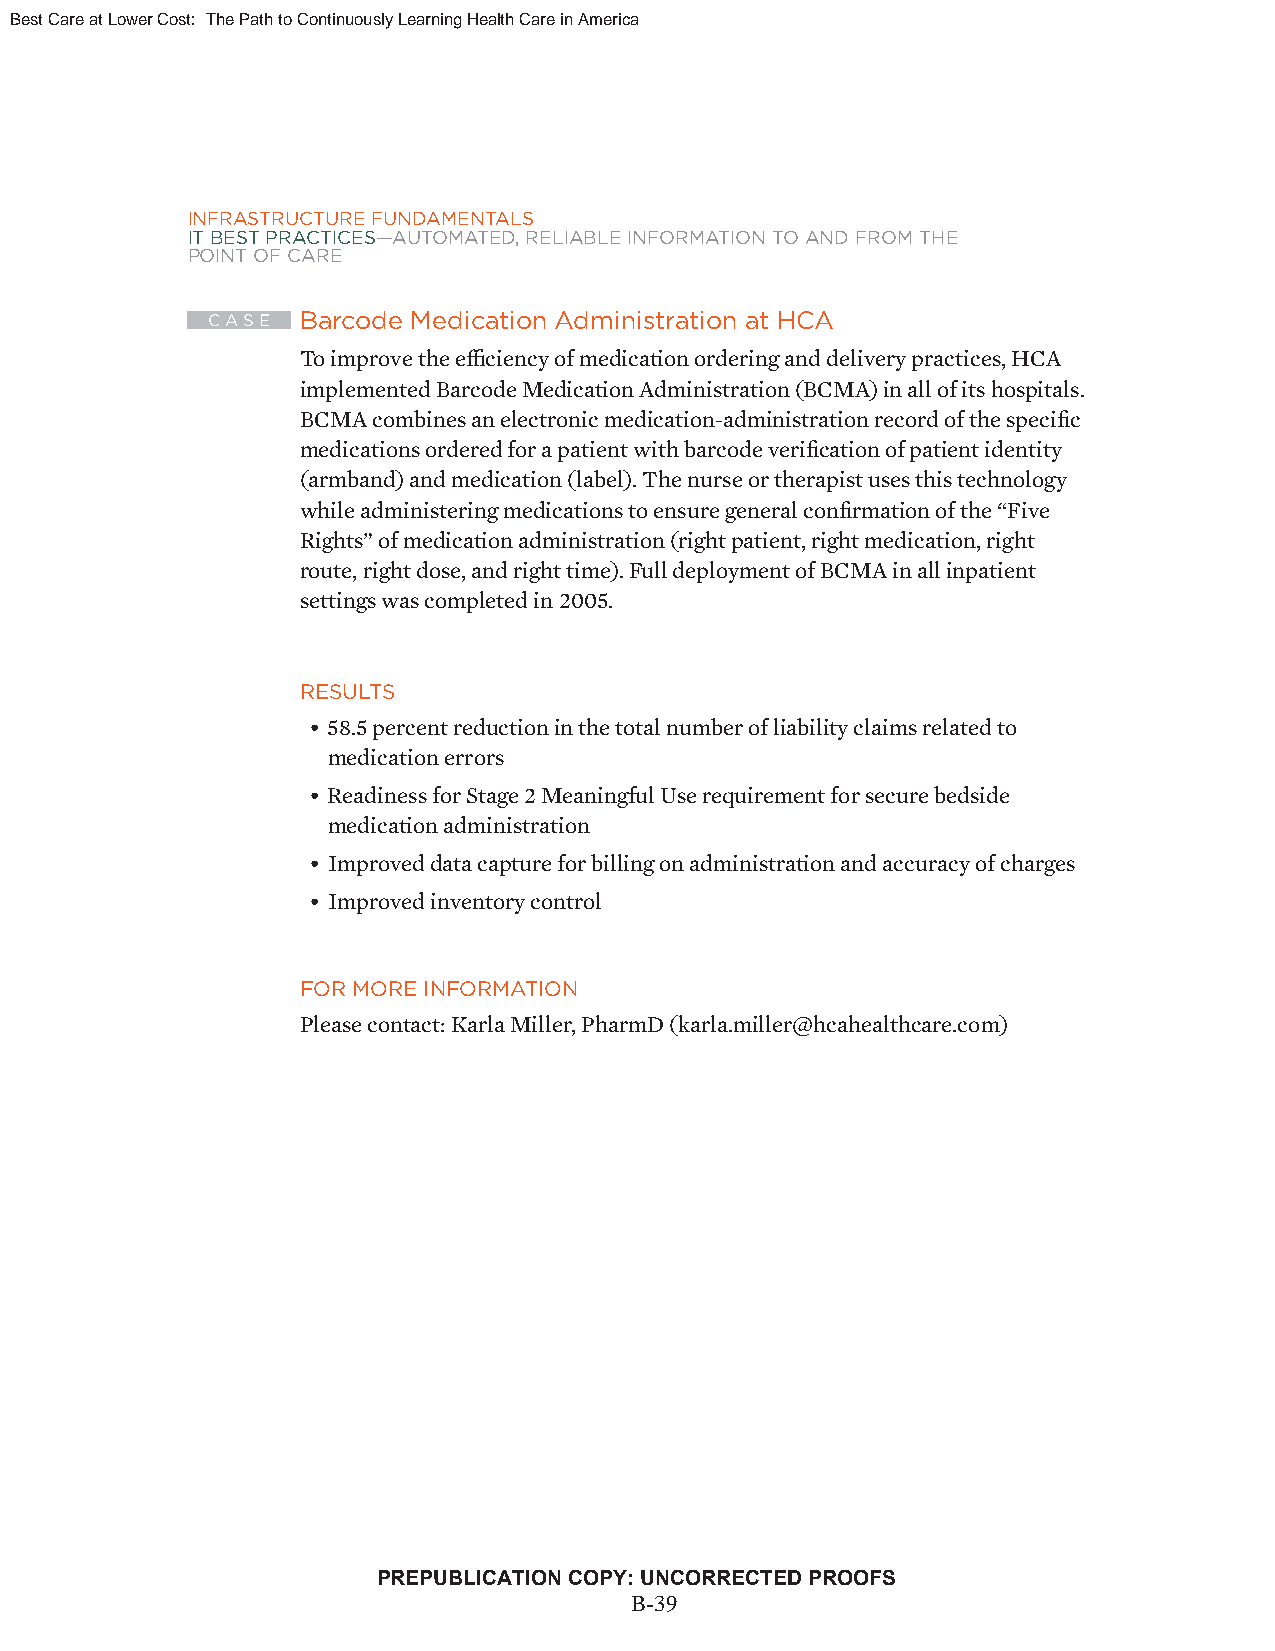
Best Care at Lower Cost: The Path to Continuously Learning Health Care in America
 INFRASTRUCTURE FUNDAMENTALS
 IT BEST PRACTICES—AUTOMATED, RELIABLE INFORMATION TO AND FROM THE
 POINT OF CARE
 C A S E Barcode Medication Administration at HCA
 To improve the effi ciency of medication ordering and delivery practices, HCA
 implemented Barcode Medication Administration (BCMA) in all of its hospitals.
 BCMA combines an electronic medication-administration record of the specifi c
 medications ordered for a patient with barcode verifi cation of patient identity
 (armband) and medication (label). The nurse or therapist uses this technology
 while administering medications to ensure general confi rmation of the “Five
 Rights” of medication administration (right patient, right medication, right
 route, right dose, and right time). Full deployment of BCMA in all inpatient
 settings was completed in 2005.
 RESULTS
 • 58.5 percent reduction in the total number of liability claims related to
 medication errors
 • Readiness for Stage 2 Meaningful Use requirement for secure bedside
 medication administration
 • Improved data capture for billing on administration and accuracy of charges
 • Improved inventory control
 FOR MORE INFORMATION
 Please contact: Karla Miller, PharmD (karla.miller@hcahealthcare.com)
 PREPUBLICATION COPY: UNCORRECTED PROOFS
 vBii-39
 Copyright © National Academy of Sciences. All rights reserved.